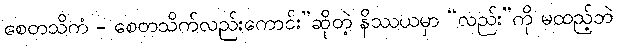
စေတသိကံ - စေတသိက်လည်းကောင်း”ဆိုတဲ့ နိဿယမှာ “လည်း”ကို မထည့်ဘဲ